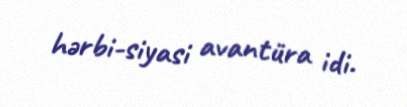
hərbi-siyasi avantüra idi.